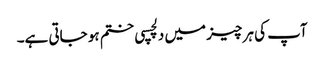
آپ کی ہر چیز میں دلچسپی ختم ہو جاتی ہے۔